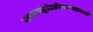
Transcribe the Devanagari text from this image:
गावात१पशुवैद्यकीयरुग्णालयआहे